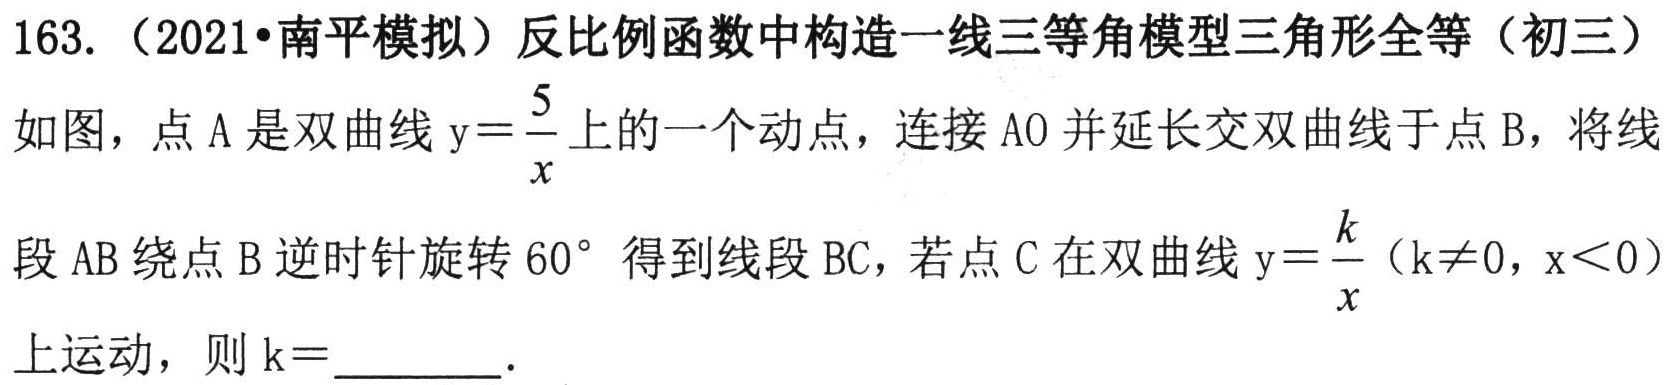
163. （2021•南平模拟）反比例函数中构造一线三等角模型三角形全等（初三）
如图，点\(A\)是双曲线\(y = \frac{5}{x}\)上的一个动点，连接\(AO\)并延长交双曲线于点\(B\)，将线
段\(AB\)绕点\(B\)逆时针旋转\(60^{\circ}\)得到线段\(BC\)，若点\(C\)在双曲线\(y=\frac{k}{x}(k\neq0,x < 0)\)
上运动，则\(k =\)  ．